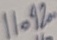
Text: 11.92